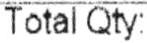
TOTAL QTY: